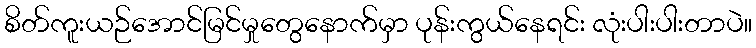
စိတ်ကူးယဉ်အောင်မြင်မှုတွေနောက်မှာ ပုန်းကွယ်နေရင်း လုံးပါးပါးတာပဲ။